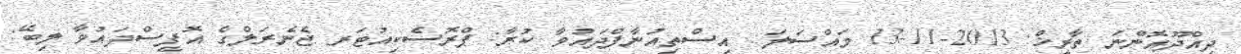
ދިއްދޫއޮންނަ ތާރީޚް: 2013-11-13 މައްސަލަ: އިސްތިއުނާފްދައުވާ ކުރާ: ޕްރޮސެކިއުޓަރ ޖެނެރަލްގެ އޮފީސްދައުވާ ލިބޭ: